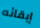
إبقائه